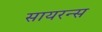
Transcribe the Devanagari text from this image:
सायरन्स